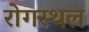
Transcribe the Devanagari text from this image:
रोगस्थल